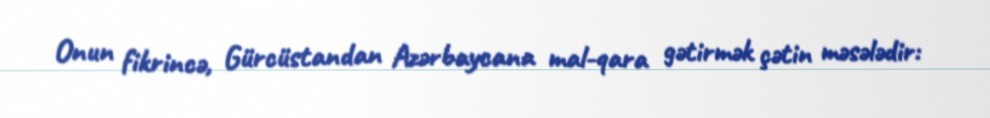
Onun fikrincə, Gürcüstandan Azərbaycana mal-qara gətirmək çətin məsələdir: